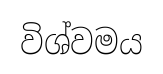
විශ්වමය